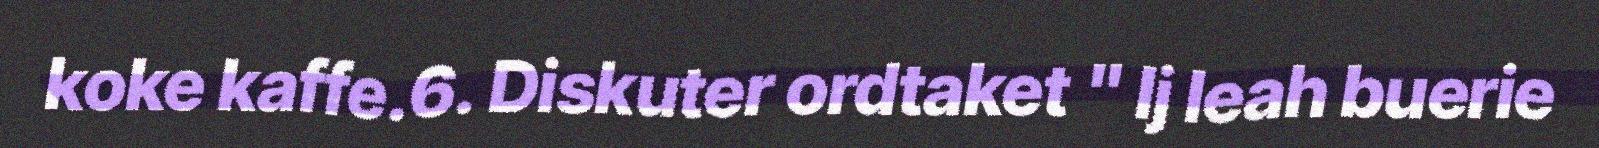
koke kaffe.6. Diskuter ordtaket " Ij leah buerie